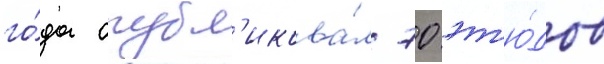
го́да опубл'икова́л 70 эт'ю́дов